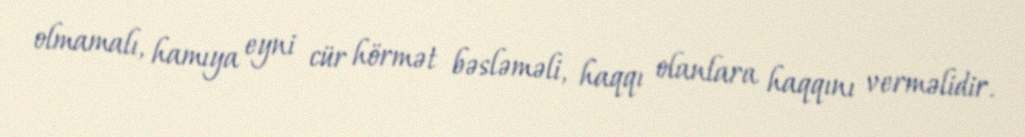
olmamalı, hamıya eyni cür hörmət bəsləməli, haqqı olanlara haqqını verməlidir.